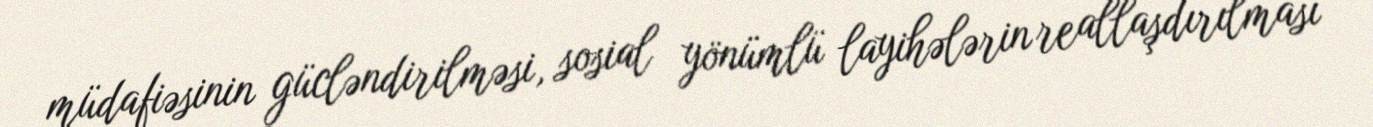
müdafiəsinin gücləndirilməsi, sosial yönümlü layihələrin reallaşdırılması